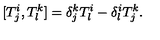
[ T _ { j } ^ { i } , T _ { l } ^ { k } ] = \delta _ { j } ^ { k } T _ { l } ^ { i } - \delta _ { l } ^ { i } T _ { j } ^ { k } .